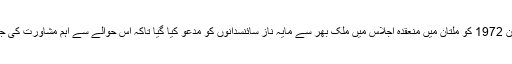
20 جون 1972 کو ملتان میں منعقدہ اجلاس میں ملک بھر سے مایہ ناز سائنسدانوں کو مدعو کیا گیا تاکہ اس حوالے سے اہم مشاورت کی جاسکے۔